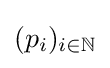
(p_{i})_{i\in \mathbb {N} }